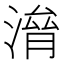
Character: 𣺃